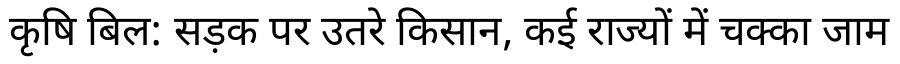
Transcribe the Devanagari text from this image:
कृषि बिल: सड़क पर उतरे किसान, कई राज्यों में चक्का जाम